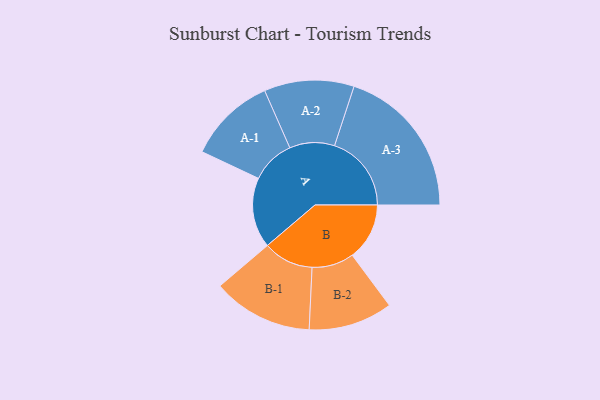
{"axis": {"x": "Segment", "y": "Value"}, "legend": ["", "A", "B"], "data": [{"x": "A", "y": 264, "type": ""}, {"x": "B", "y": 215, "type": ""}, {"x": "A-1", "y": 165, "type": "A"}, {"x": "A-2", "y": 169, "type": "A"}, {"x": "A-3", "y": 289, "type": "A"}, {"x": "B-1", "y": 189, "type": "B"}, {"x": "B-2", "y": 158, "type": "B"}]}